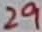
Text: 29